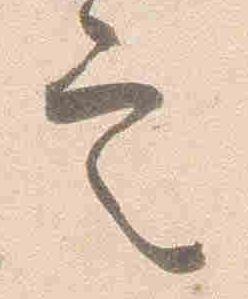
定